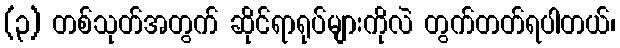
(၃) တစ်သုတ်အတွက် ဆိုင်ရာရုပ်များကိုလဲ တွက်တတ်ရပါတယ်၊